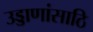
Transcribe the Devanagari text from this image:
उड्डाणांसाठि